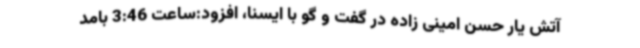
آتش یار حسن امینی زاده در گفت و گو با ایسنا، افزود:ساعت 3:46 بامد